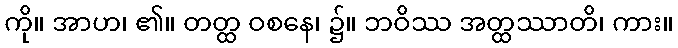
ကို။ အာဟ၊ ၏။ တတ္ထ ဝစနေ၊ ၌။ ဘဝိဿ အတ္ထဿာတိ၊ ကား။